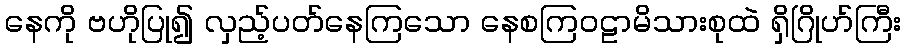
နေကို ဗဟိုပြု၍ လှည့်ပတ်နေကြသော နေစကြဝဠာမိသားစုထဲ ရှိဂြိုဟ်ကြီး